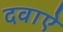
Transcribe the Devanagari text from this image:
दवाऐ